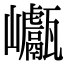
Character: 𡿕